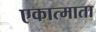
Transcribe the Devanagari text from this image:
एकात्माता